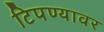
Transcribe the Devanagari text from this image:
टिपण्यावर